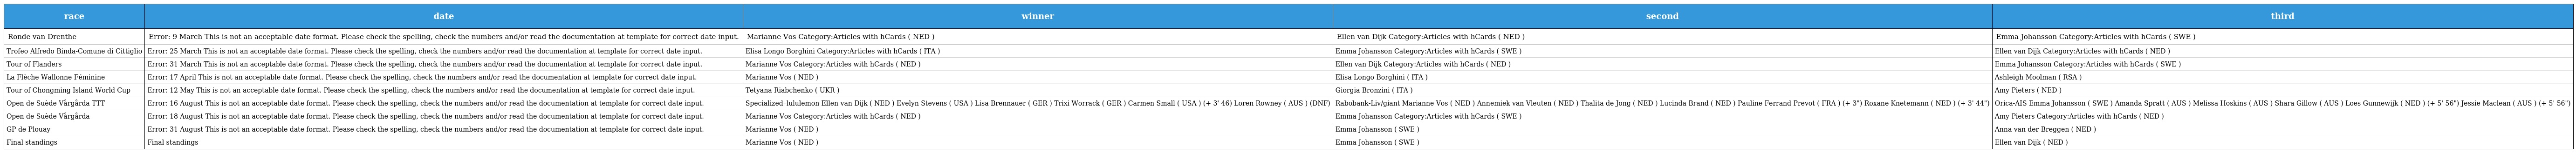
| race | date | winner | second | third |
 | --- | --- | --- | --- | --- |
 | Ronde van Drenthe | Error: 9 March This is not an acceptable date format. Please check the spelling, check the numbers and/or read the documentation at template for correct date input. | Marianne Vos Category:Articles with hCards ( NED ) | Ellen van Dijk Category:Articles with hCards ( NED ) | Emma Johansson Category:Articles with hCards ( SWE ) |
 | Trofeo Alfredo Binda-Comune di Cittiglio | Error: 25 March This is not an acceptable date format. Please check the spelling, check the numbers and/or read the documentation at template for correct date input. | Elisa Longo Borghini Category:Articles with hCards ( ITA ) | Emma Johansson Category:Articles with hCards ( SWE ) | Ellen van Dijk Category:Articles with hCards ( NED ) |
 | Tour of Flanders | Error: 31 March This is not an acceptable date format. Please check the spelling, check the numbers and/or read the documentation at template for correct date input. | Marianne Vos Category:Articles with hCards ( NED ) | Ellen van Dijk Category:Articles with hCards ( NED ) | Emma Johansson Category:Articles with hCards ( SWE ) |
 | La Flèche Wallonne Féminine | Error: 17 April This is not an acceptable date format. Please check the spelling, check the numbers and/or read the documentation at template for correct date input. | Marianne Vos ( NED ) | Elisa Longo Borghini ( ITA ) | Ashleigh Moolman ( RSA ) |
 | Tour of Chongming Island World Cup | Error: 12 May This is not an acceptable date format. Please check the spelling, check the numbers and/or read the documentation at template for correct date input. | Tetyana Riabchenko ( UKR ) | Giorgia Bronzini ( ITA ) | Amy Pieters ( NED ) |
 | Open de Suède Vårgårda TTT | Error: 16 August This is not an acceptable date format. Please check the spelling, check the numbers and/or read the documentation at template for correct date input. | Specialized–lululemon Ellen van Dijk ( NED ) Evelyn Stevens ( USA ) Lisa Brennauer ( GER ) Trixi Worrack ( GER ) Carmen Small ( USA ) (+ 3' 46) Loren Rowney ( AUS ) (DNF) | Rabobank-Liv/giant Marianne Vos ( NED ) Annemiek van Vleuten ( NED ) Thalita de Jong ( NED ) Lucinda Brand ( NED ) Pauline Ferrand Prevot ( FRA ) (+ 3") Roxane Knetemann ( NED ) (+ 3' 44") | Orica-AIS Emma Johansson ( SWE ) Amanda Spratt ( AUS ) Melissa Hoskins ( AUS ) Shara Gillow ( AUS ) Loes Gunnewijk ( NED ) (+ 5' 56") Jessie Maclean ( AUS ) (+ 5' 56") |
 | Open de Suède Vårgårda | Error: 18 August This is not an acceptable date format. Please check the spelling, check the numbers and/or read the documentation at template for correct date input. | Marianne Vos Category:Articles with hCards ( NED ) | Emma Johansson Category:Articles with hCards ( SWE ) | Amy Pieters Category:Articles with hCards ( NED ) |
 | GP de Plouay | Error: 31 August This is not an acceptable date format. Please check the spelling, check the numbers and/or read the documentation at template for correct date input. | Marianne Vos ( NED ) | Emma Johansson ( SWE ) | Anna van der Breggen ( NED ) |
 | Final standings | Final standings | Marianne Vos ( NED ) | Emma Johansson ( SWE ) | Ellen van Dijk ( NED ) |